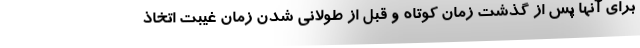
برای آنها پس از گذشت زمان کوتاه و قبل از طولانی شدن زمان غیبت اتخاذ